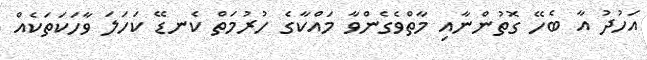
އަހުދު އާ ބެހޭ ގޮތުންނާއި މާތްވެގެންވާ މައްކާގެ ހުރުމަތް ކެނޑޭ ކަހަލަ ވާހަކަތަކެއް